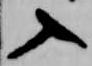
入